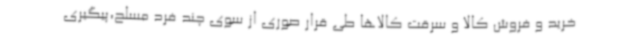
خرید و فروش کالا و سرقت کالاها طی قرار صوری از سوی چند فرد مسلح،پیگیری